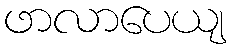
ဖာလာပေယျ